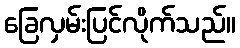
ခြေလှမ်းပြင်လိုက်သည်။